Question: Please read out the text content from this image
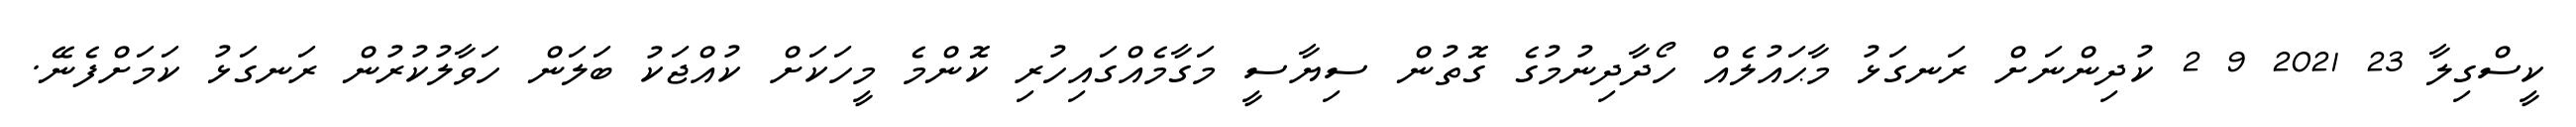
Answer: ކީސްގިލާ 23 2021 9 2 ކުދިންނަށް ރަނގަޅު މާޙައުލެއް ހޯދާދިނުމުގެ ގޮތުން ސިޔާސީ މަގާމެއްގައިހުރި ކޮންމެ މީހަކަށް ކުއްޖަކު ބަލަން ހަވާލުކުރުން ރަނގަޅު ކަމަށްފެނޭ.